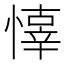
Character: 𢡇